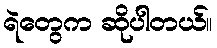
ရဲတွေက ဆိုပါတယ်။